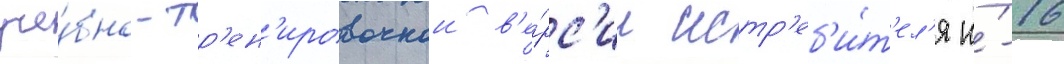
уче́бно-тр'ен'ировочнои в'е́рс'ии истр'еб'и́т'ел'я и́-16